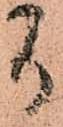
間